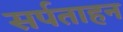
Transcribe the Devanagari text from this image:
सर्पताहन